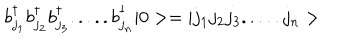
b _ { j _ { 1 } } ^ { \dagger } b _ { j _ { 2 } } ^ { \dagger } b _ { j _ { 3 } } ^ { \dagger } . . . . . b _ { j _ { n } } ^ { \dagger } | 0 > = | j _ { 1 } j _ { 2 } j _ { 3 } . . . . . j _ { n } >